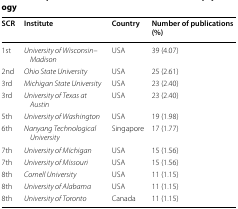
<table><thead><tr><td><b>SCR</b></td><td><b>Institute</b></td><td><b>Country</b></td><td><b>Number of publications (%)</b></td></tr></thead><tbody><tr><td>1st</td><td><i>University of Wisconsin</i>–<i>Madison</i></td><td>USA</td><td>39 (4.07)</td></tr><tr><td>2nd</td><td><i>Ohio State University</i></td><td>USA</td><td>25 (2.61)</td></tr><tr><td>3rd</td><td><i>Michigan State University</i></td><td>USA</td><td>23 (2.40)</td></tr><tr><td>3rd</td><td><i>University of Texas at Austin</i></td><td>USA</td><td>23 (2.40)</td></tr><tr><td>5th</td><td><i>University of Washington</i></td><td>USA</td><td>19 (1.98)</td></tr><tr><td>6th</td><td><i>Nanyang Technological University</i></td><td>Singapore</td><td>17 (1.77)</td></tr><tr><td>7th</td><td><i>University of Michigan</i></td><td>USA</td><td>15 (1.56)</td></tr><tr><td>7th</td><td><i>University of Missouri</i></td><td>USA</td><td>15 (1.56)</td></tr><tr><td>8th</td><td><i>Cornell University</i></td><td>USA</td><td>11 (1.15)</td></tr><tr><td>8th</td><td><i>University of Alabama</i></td><td>USA</td><td>11 (1.15)</td></tr><tr><td>8th</td><td><i>University of Toronto</i></td><td>Canada</td><td>11 (1.15)</td></tr></tbody></table>